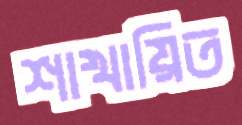
শাখায়িত